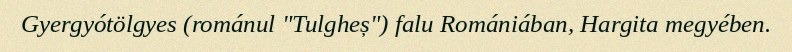
Gyergyótölgyes (románul "Tulgheș") falu Romániában, Hargita megyében.